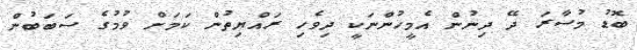
ބޮޑު މުސާރަ ދޭ ދިނުން އެމީހުންނަކީ ދިވެހި ރައްޔިތުން ކަމަށް ވުމުގެ ސަބަބުން